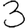
Digit: 3